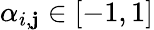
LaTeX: \alpha_{i,\mathbf{j}}\in[-1,1]